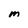
Character: M